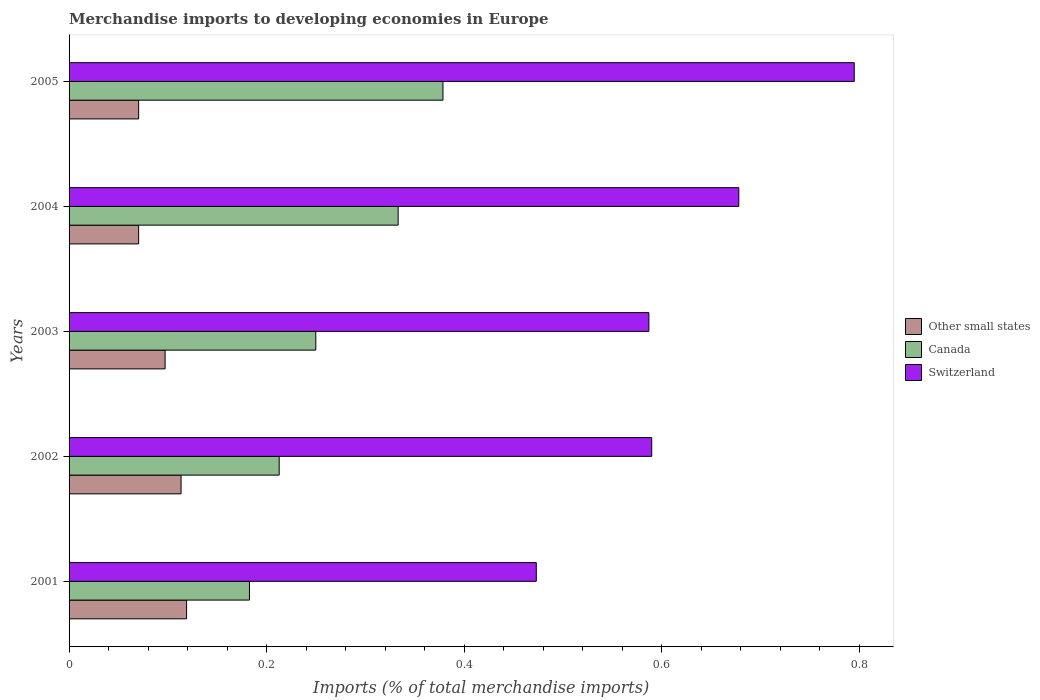
| Years | Other small states | Canada | Switzerland |
 | --- | --- | --- | --- |
 | 2001 | 0.119 | 0.183 | 0.473 |
 | 2002 | 0.113 | 0.213 | 0.59 |
 | 2003 | 0.0972 | 0.25 | 0.587 |
 | 2004 | 0.0704 | 0.333 | 0.678 |
 | 2005 | 0.0704 | 0.379 | 0.795 |